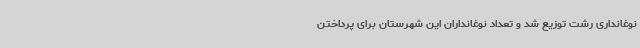
نوغانداری رشت توزیع شد و تعداد نوغانداران این شهرستان برای پرداختن